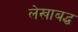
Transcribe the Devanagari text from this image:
लेखाबद्ध